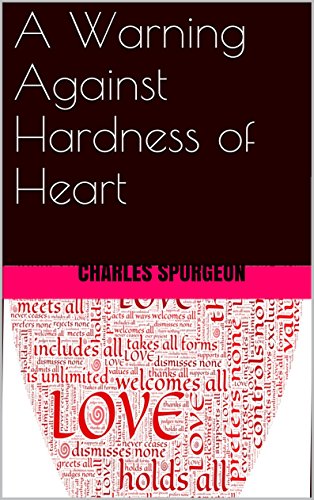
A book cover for A Warning Against Hardness of Heart; Charles Spurgeon; Christian Books & Bibles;